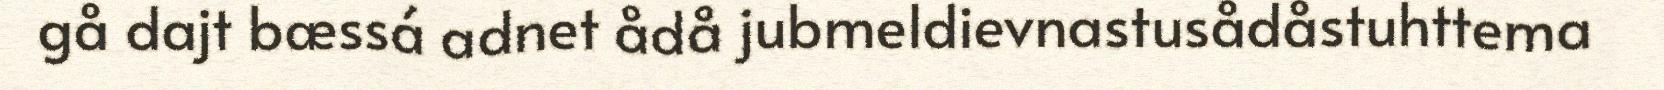
gå dajt bæssá adnet ådå jubmeldievnastusådåstuhttema